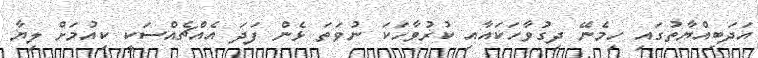
އަދަބިއްޔާތުގައި ހިމެނޭ ދިގުވާހަކައާއި ކުރުވާހަކަ ނުވަތަ ޅެން ފަދަ އެއްޗެއްސަކީ ކިއުމަށް ލިޔާ